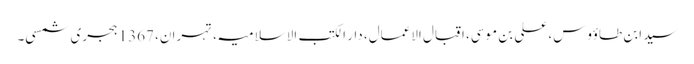
سید ابن طاؤوس، علی بن موسی، اقبال الاعمال، دار الکتب الاسلامیہ، تہران، 1367 ہجری شمسی۔